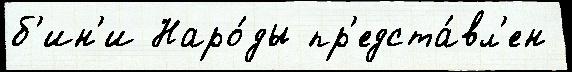
б'ин'и Наро́ды пр'едста́вл'ен